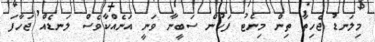
މިލަނޑު ޖެހިތާ ތިން މިނެޓު ފަހުން ސަބީނާ ވަނީ އަނެއްކާވެސް ލަނޑެއް ޖަހާފަ